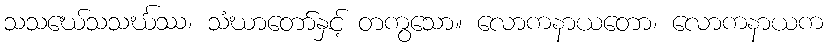
သသဃေ်သသင်္ဃဿ၊ သံဃာတော်နှင့် တကွသော။ လောကနာယတော၊ လောကနာယက